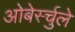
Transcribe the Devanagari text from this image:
ओबेर्स्चुले